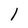
Character: l